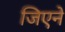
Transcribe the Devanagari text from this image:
जिएने